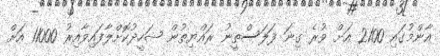
އާންމުގައި 2100 އަށް ވުރެ ގިނަ ފަލަސްތީނު ރައްޔިތުން ޝަހީދުކޮށްލާފައިވާއިރު 11000 އަށް